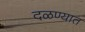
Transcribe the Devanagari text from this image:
दळण्यात